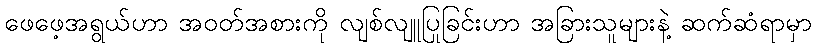
ဖေဖေ့အရွယ်ဟာ အဝတ်အစားကို လျစ်လျူပြုခြင်းဟာ အခြားသူများနဲ့ ဆက်ဆံရာမှာ